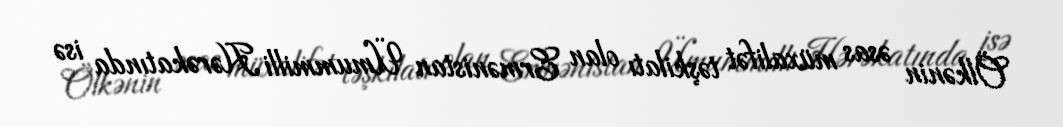
Ölkənin əsas müxalifət təşkilatı olan Ermənistan Ümummilli Hərəkatında isə